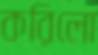
করিলো